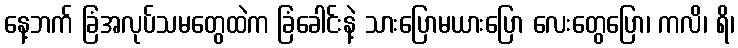
နေ့ဘက် ခြံအလုပ်သမတွေထဲက ခြံခေါင်းနဲ့ သားပြောမယားပြော လေးတွေပြော၊ ကလိ၊ ရိ၊